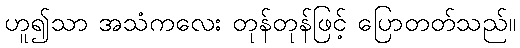
ဟူ၍သာ အသံကလေး တုန်တုန်ဖြင့် ပြောတတ်သည်။